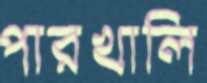
পারখালি